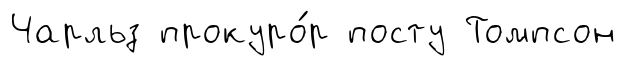
Чарльз прокуро́р посту Томпсон